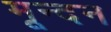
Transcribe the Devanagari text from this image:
मून्दन